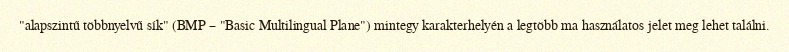
"alapszintű többnyelvű sík" (BMP – "Basic Multilingual Plane") mintegy karakterhelyén a legtöbb ma használatos jelet meg lehet találni.